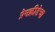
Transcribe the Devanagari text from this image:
प्रेमक्रीडेचा